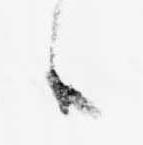
候